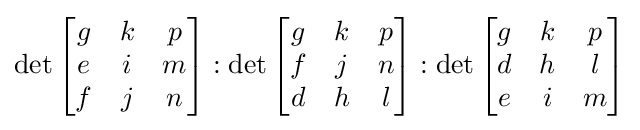
\det {\begin{bmatrix}g&k&p\\e&i&m\\f&j&n\end{bmatrix}}:\det {\begin{bmatrix}g&k&p\\f&j&n\\d&h&l\end{bmatrix}}:\det {\begin{bmatrix}g&k&p\\d&h&l\\e&i&m\end{bmatrix}}